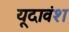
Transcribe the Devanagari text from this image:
यूदावंश